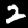
Label: 2